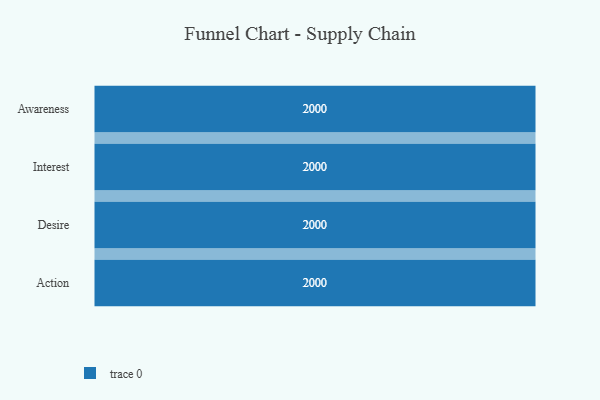
{"axis": {"x": "Stage", "y": "Value"}, "legend": [""], "data": [{"x": "Awareness", "y": 2000, "type": ""}, {"x": "Interest", "y": 2000, "type": ""}, {"x": "Desire", "y": 2000, "type": ""}, {"x": "Action", "y": 2000, "type": ""}]}